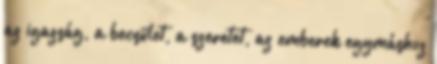
az igazság, a becsület, a szeretet, az emberek egymáshoz